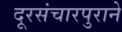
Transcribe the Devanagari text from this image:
दूरसंचारपुराने